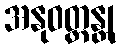
အနုဝတ္တန္တု